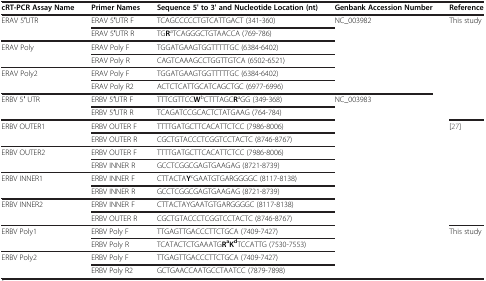
| cRT-PCR Assay Name | Primer Names | Sequence 5' to 3' and Nucleotide Location (nt) | Genbank Accession Number | Reference |
 | --- | --- | --- | --- | --- |
 | ERAV 5′UTR | ERAV 5′UTR F | TCAGCCCCCTGTCATTGACT (341-360) | NC_003982 | This study |
 |  | ERAV 5′UTR R | TGRaTCAGGGCTGTAACCA (769-786) |  |  |
 | ERAV Poly | ERAV Poly F | TGGATGAAGTGGTTTTTGC (6384-6402) |  |  |
 |  | ERAV Poly R | CAGTCAAAGCCTGGTTGTCA (6502-6521) |  |  |
 | ERAV Poly2 | ERAV Poly F | TGGATGAAGTGGTTTTTGC (6384-6402) |  |  |
 |  | ERAV Poly R2 | ACTCTCATTGCATCAGCTGC (6977-6996) |  |  |
 | ERBV 5′ UTR | ERBV 5′UTR F | TTTCGTTCCWbCTTTAGCRaGG (349-368) | NC_003983 |  |
 |  | ERBV 5′UTR R | TCAGATCCGCACTCTATGAAG (764-784) |  |  |
 | ERBV OUTER1 | ERBV OUTER F | TTTTGATGCTTCACATTCTCC (7986-8006) |  | [27] |
 |  | ERBV OUTER R | CGCTGTACCCTCGGTCCTACTC (8746-8767) |  |  |
 | ERBV OUTER2 | ERBV OUTER F | TTTTGATGCTTCACATTCTCC (7986-8006) |  |  |
 |  | ERBV INNER R | GCCTCGGCGAGTGAAGAG (8721-8739) |  |  |
 | ERBV INNER1 | ERBV INNER F | CTTACTAYcGAATGTGARGGGGC (8117-8138) |  |  |
 |  | ERBV INNER R | GCCTCGGCGAGTGAAGAG (8721-8739) |  |  |
 | ERBV INNER2 | ERBV INNER F | CTTACTAYGAATGTGARGGGGC (8117-8138) |  |  |
 |  | ERBV OUTER R | CGCTGTACCCTCGGTCCTACTC (8746-8767) |  |  |
 | ERBV Poly1 | ERBV Poly F | TTGAGTTGACCCTTCTGCA (7409-7427) |  | This study |
 |  | ERBV Poly R | TCATACTCTGAAATGRaKdTCCATTG (7530-7553) |  |  |
 | ERBV Poly2 | ERBV Poly F | TTGAGTTGACCCTTCTGCA (7409-7427) |  |  |
 |  | ERBV Poly R2 | GCTGAACCAATGCCTAATCC (7879-7898) |  |  |